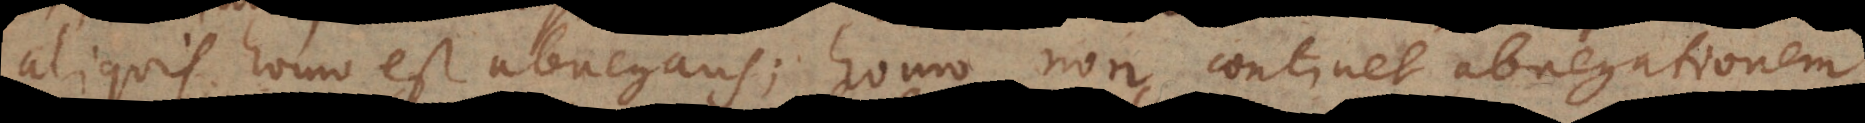
aliquis homo est abnegans, homo non continet abnegationem,